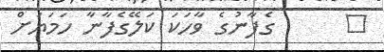
٩      ގެފާނުގެ ވާހަކަ ކަލޭގެފާނާ ހަމަޔަށް